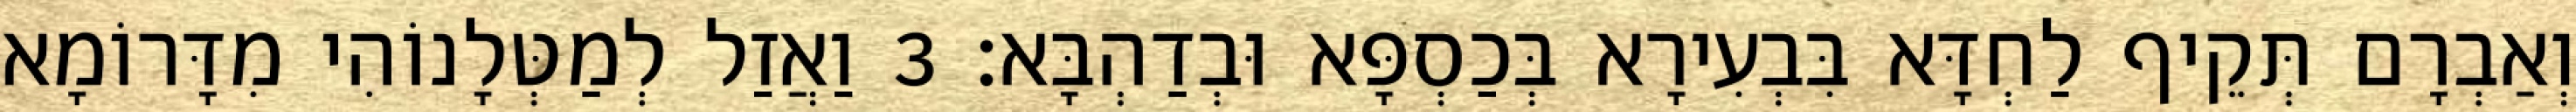
וְאַבְרָם תְּקֵיף לַחְדָּא בִּבְעִירָא בְּכַסְפָּא וּבְדַהְבָּא׃ 3 וַאֲזַל לְמַטְּלָנוֹהִי מִדָּרוֹמָא